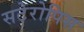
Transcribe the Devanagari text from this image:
सटेरोपिस